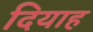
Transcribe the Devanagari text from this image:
दियाह